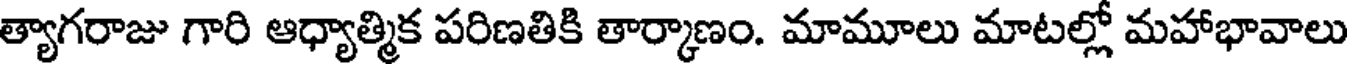
త్యాగరాజు గారి ఆధ్యాత్మిక పరిణతికి తార్కాణం. మామూలు మాటల్లో మహాభావాలు